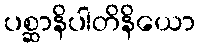
ပစ္ဆာနိပါတိနိယော